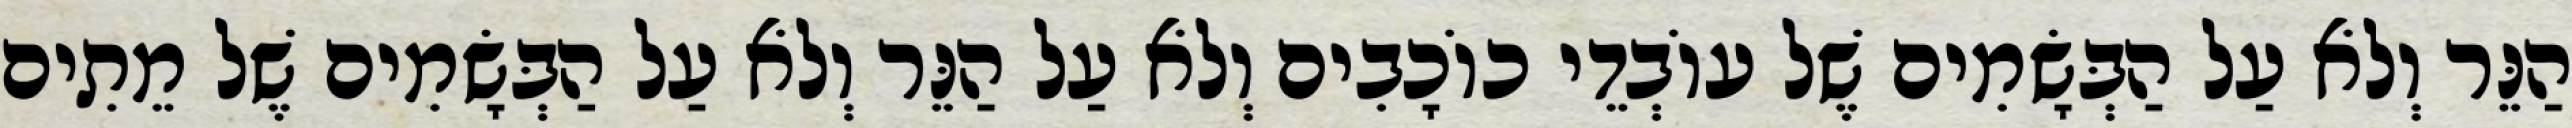
הַנֵּר וְלֹא עַל הַבְּשָׂמִים שֶׁל עוֹבְדֵי כוֹכָבִים וְלֹא עַל הַנֵּר וְלֹא עַל הַבְּשָׂמִים שֶׁל מֵתִים